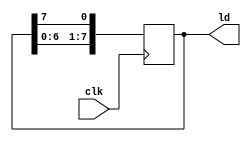
`timescale 1ns / 1ps

module show(clk,ld);
    input clk;
    output reg [7:0]ld = 8'b1111_1110;
    integer i;
    always@(posedge clk) begin
        for(i = 0 ; i < 7 ;i = i + 1)begin
            ld[i+1] <= ld[i];
        end
        ld[0] <= ld[7];
    end
    
endmodule